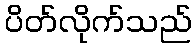
ပိတ်လိုက်သည်